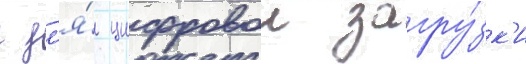
с дл'я́ цифровои загру́зк'и